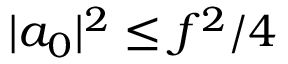
\begin{array} { r } { | a _ { 0 } | ^ { 2 } \leq f ^ { 2 } / 4 } \end{array}